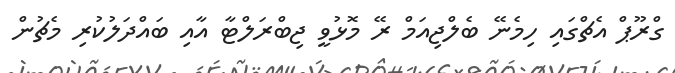
ގްރޫޕް އެޗްގައި ހިމެނޭ ބެލްޖިއަމް ރޭ މޮޅުވީ ޖިބްރަލްޓާ އާއި ބައްދަލުކުރި މެޗުން